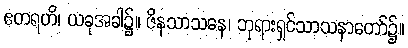
ဧတရဟိ၊ ယခုအခါ၌။ ဇိနသာသနေ၊ ဘုရားရှင်သာသနာတော်၌။